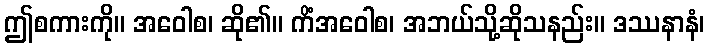
ဤစကားကို။ အဝေါစ၊ ဆို၏။ ကိံအဝေါစ၊ အဘယ်သို့ဆိုသနည်း။ ဒဿနာနံ၊